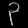
Digit: ၃